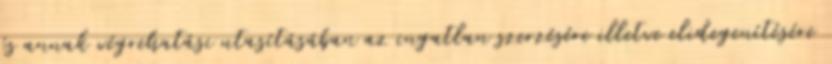
és annak végrehatási utasításában az ingatlan szerzésére illetve elidegenítésére